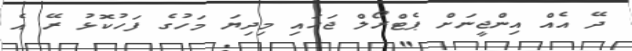
ދޭ އެއް އިންޖީނަށް ޕެޓްރޯލް ޖަހައި މިދިޔަ މަހުގެ ފަހުކޮޅު ރޭ އެ